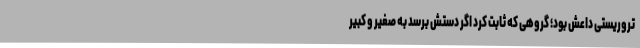
تروریستی داعش بود؛ گروهی که ثابت کرد اگر دستش برسد به صغیر و کبیر